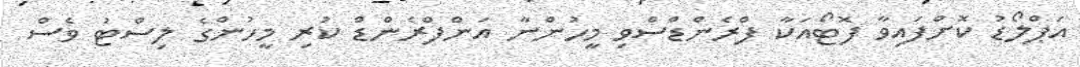
އަޕްލޯޑު ކޮށްފައިވާ ފޮޓޯއަކާ ފްރެންޑްސްވި މީހުންނާ އަންފްރެންޑް ކުރި މީހުންގެ ލިސްޓު ވެސް